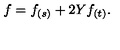
f = f _ { ( s ) } + 2 Y f _ { ( t ) } .